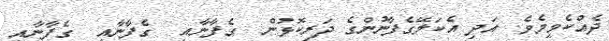
ދެއްކެވީމެވެެ. އަދި އެކަލޭގެފާނުންގެ ދަރިކޮޅުން  ގެފާނާއި  ގެފާނާއި  ގެފާނާއި